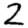
Digit: 2